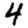
Digit: 4